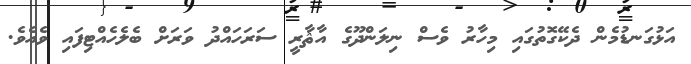
އަޅުގަނޑުމެން ދެކޭގޮތުގައި މިހާރު ވެސް ނިލަންދޫގެ އާޘާރީ ސަރަހައްދު ވަރަށް ބެލެހެއްޓިފައި ވެއެވެ.